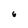
Character: 6